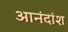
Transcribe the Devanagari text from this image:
आनंदांश